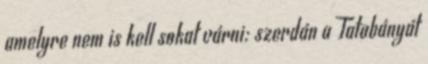
amelyre nem is kell sokat várni: szerdán a Tatabányát